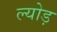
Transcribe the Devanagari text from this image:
ल्योड़